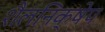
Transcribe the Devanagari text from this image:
शैलनिक्षेप